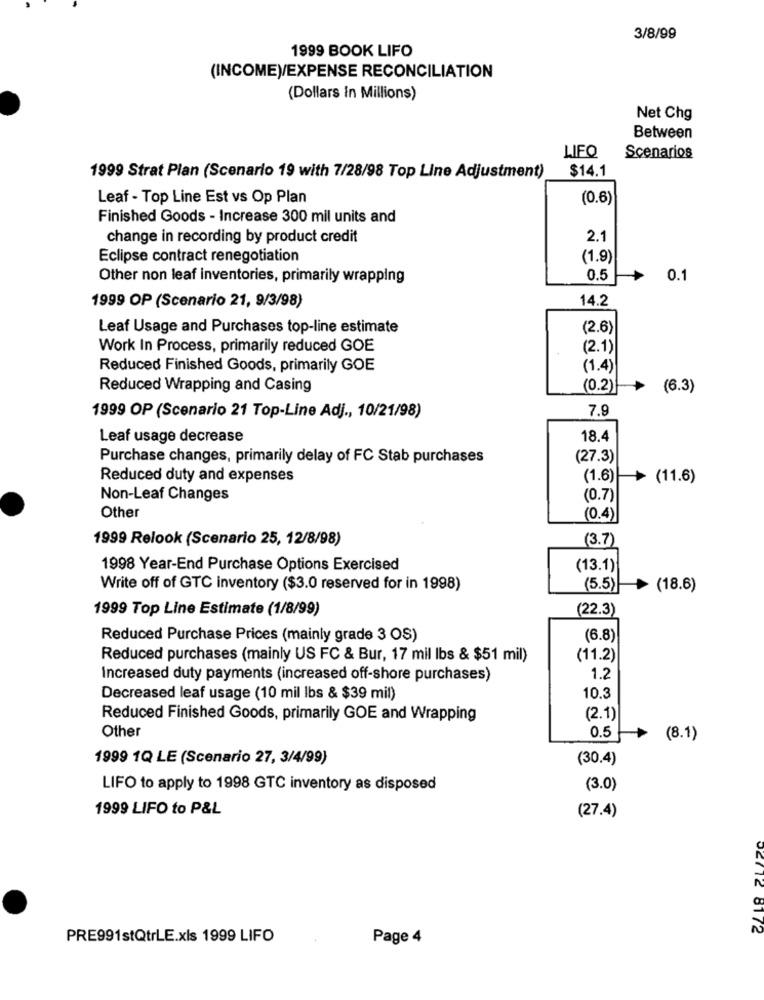
3/8/99
1999 BOOK LIFO
(INCOME)/EXPENSE RECONCILIATION
(Dollars in Millions)
Net Chg
Between
LIFQ
Scenarios
$14.1
1999 Strat Plan (Scenario 19 with 7/28/98 Top Line Adjustment)
Leaf - Top Line Est vs Op Plan
(0.6)
Finished Goods - Increase 300 mil units and
change in recording by product credit
2.1
Eclipse contract renegotiation
(1.9)
Other non leaf inventories, primarily wrapping
0.5
0.1
14.2
1999 OP (Scenario 21, 9/3/98)
Leaf Usage and Purchases top-line estimate
(2.6)
Work In Process, primarily reduced GOE
(2.1)
Reduced Finished Goods, primarily GOE
(1.4)
Reduced Wrapping and Casing
(0.2)
(6.3)
7.9
1999 OP (Scenario 21 Top-Line Adj ., 10/21/98)
Leaf usage decrease
18.4
Purchase changes, primarily delay of FC Stab purchases
(27.3)
Reduced duty and expenses
(1.6)
> (11.6)
Non-Leaf Changes
(0.7)
Other
(0.4)
1999 Relook (Scenario 25, 12/8/98)
(3.7)
1998 Year-End Purchase Options Exercised
(13.1)
Write off of GTC inventory ($3.0 reserved for in 1998)
(5.5)
(18.6)
1999 Top Line Estimate (1/8/99)
(22.3)
Reduced Purchase Prices (mainly grade 3 OS)
(6.8)
Reduced purchases (mainly US FC & Bur, 17 mil Ibs & $51 mil)
(11.2)
Increased duty payments (increased off-shore purchases)
1.2
Decreased leaf usage (10 mil Ibs & $39 mil)
10.3
Reduced Finished Goods, primarily GOE and Wrapping
(2.1)
Other
0.5
(8.1)
1999 1Q LE (Scenario 27, 3/4/99)
(30.4)
LIFO to apply to 1998 GTC inventory as disposed
(3.0)
1999 LIFO to P&L
(27.4)
02712 8172
PRE991stQtrLE.xls 1999 LIFO
Page 4